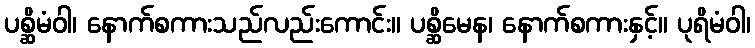
ပစ္ဆိမံဝါ၊ နောက်စကားသည်လည်းကောင်း။ ပစ္ဆိမေန၊ နောက်စကားနှင့်။ ပုရိမံဝါ၊